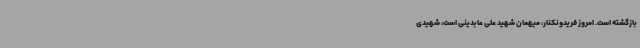
بازگشته است. امروز فریدونکنار، میهمان شهید علی عابدینی است، شهیدی